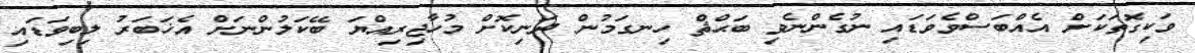
ވަކިގޮތަކަށް އެއްބަސްވެވަޑައި ނުގެންނެވި ބަޙްޘް ހިނގަމުން ދަނިކޮށް މުހާޖިރިއްޔަ ބޭކަލުންނަށް އެޚަބަރު ލިބިވަޑައި